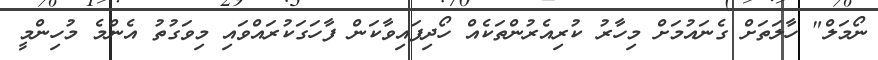
ނޯމަލް" ހާލަތަށް ގެނައުމަށް މިހާރު ކުރިއެރުންތަކެއް ހޯދިފައިވާކަން ފާހަަގަކުރައްވައި މިވަގުތު އެންމެ މުހިންމީ